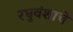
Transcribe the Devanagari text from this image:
रघुवंशाचे